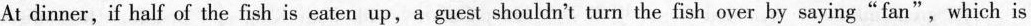
At dinner, if half of the fish is eaten up,a guest shouldn't turn the fish over by saying"fan",which is